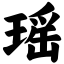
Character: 瑶